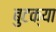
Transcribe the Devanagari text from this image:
बुटक्‍या